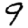
Digit: 9